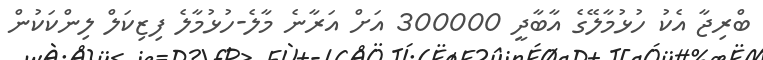
ބްރިޖާ އެކު ހުޅުމާލޭގެ އާބާދީ 300000 އަށް އަރާނެ މާލެ-ހުޅުމާލެ ފިޒިކަލް ލިންކަކުން